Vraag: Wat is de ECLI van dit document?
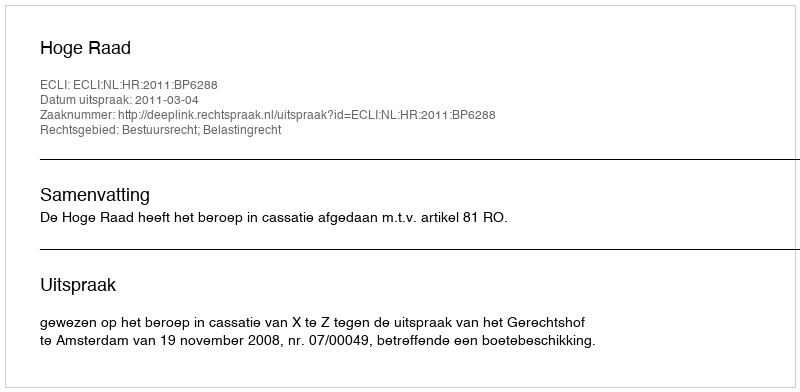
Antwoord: ECLI:NL:HR:2011:BP6288